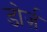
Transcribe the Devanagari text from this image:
डोर्ज़